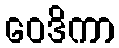
ဝေဒိကာ